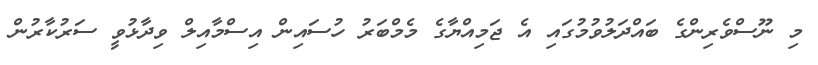
މި ނޫސްވެރިންގެ ބައްދަލުވުމުގައި އެ ޖަމިއްޔާގެ މެމްބަރު ހުސައިން އިސްމާއިލް ވިދާޅުވީ ސަރުކާރުން